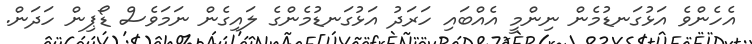
އެހެންވެ އަޅުގަނޑުމެން ނިންމީ އެއްބައި ހަރަދު އަޅުގަނޑުމެންގެ ލައިގެން ނަމަވެސް ޑޯޕިން ހަދަން.